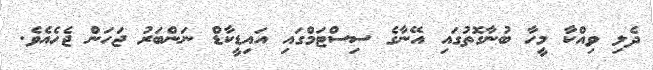
ދެލި ވިއްކާ މީހާ ބުނާގޮތުގައި އޭނާގެ ސިސްޓަމްގައި އައިޑީކާޑް ނަންބަރު ޖަހަން ޖެހެއެވެ.